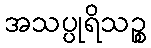
အသပ္ပုရိသဉ္စ